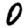
Digit: 0